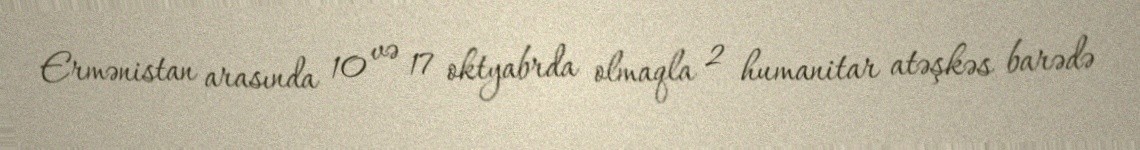
Ermənistan arasında 10 və 17 oktyabrda olmaqla 2 humanitar atəşkəs barədə